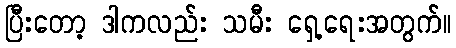
ပြီးတော့ ဒါကလည်း သမီး ရှေ့ရေးအတွက်။